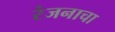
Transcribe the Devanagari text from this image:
रंजनाचा